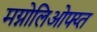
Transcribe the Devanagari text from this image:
मग्नोलिओफ्य्त